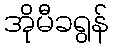
အိုမီခရွန်